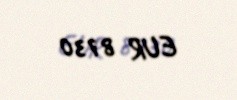
EUR 8730